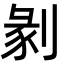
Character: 剶